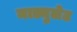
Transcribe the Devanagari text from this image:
माड्युलेट